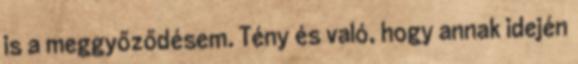
is a meggyőződésem. Tény és való, hogy annak idején